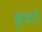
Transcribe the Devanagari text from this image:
बुंको